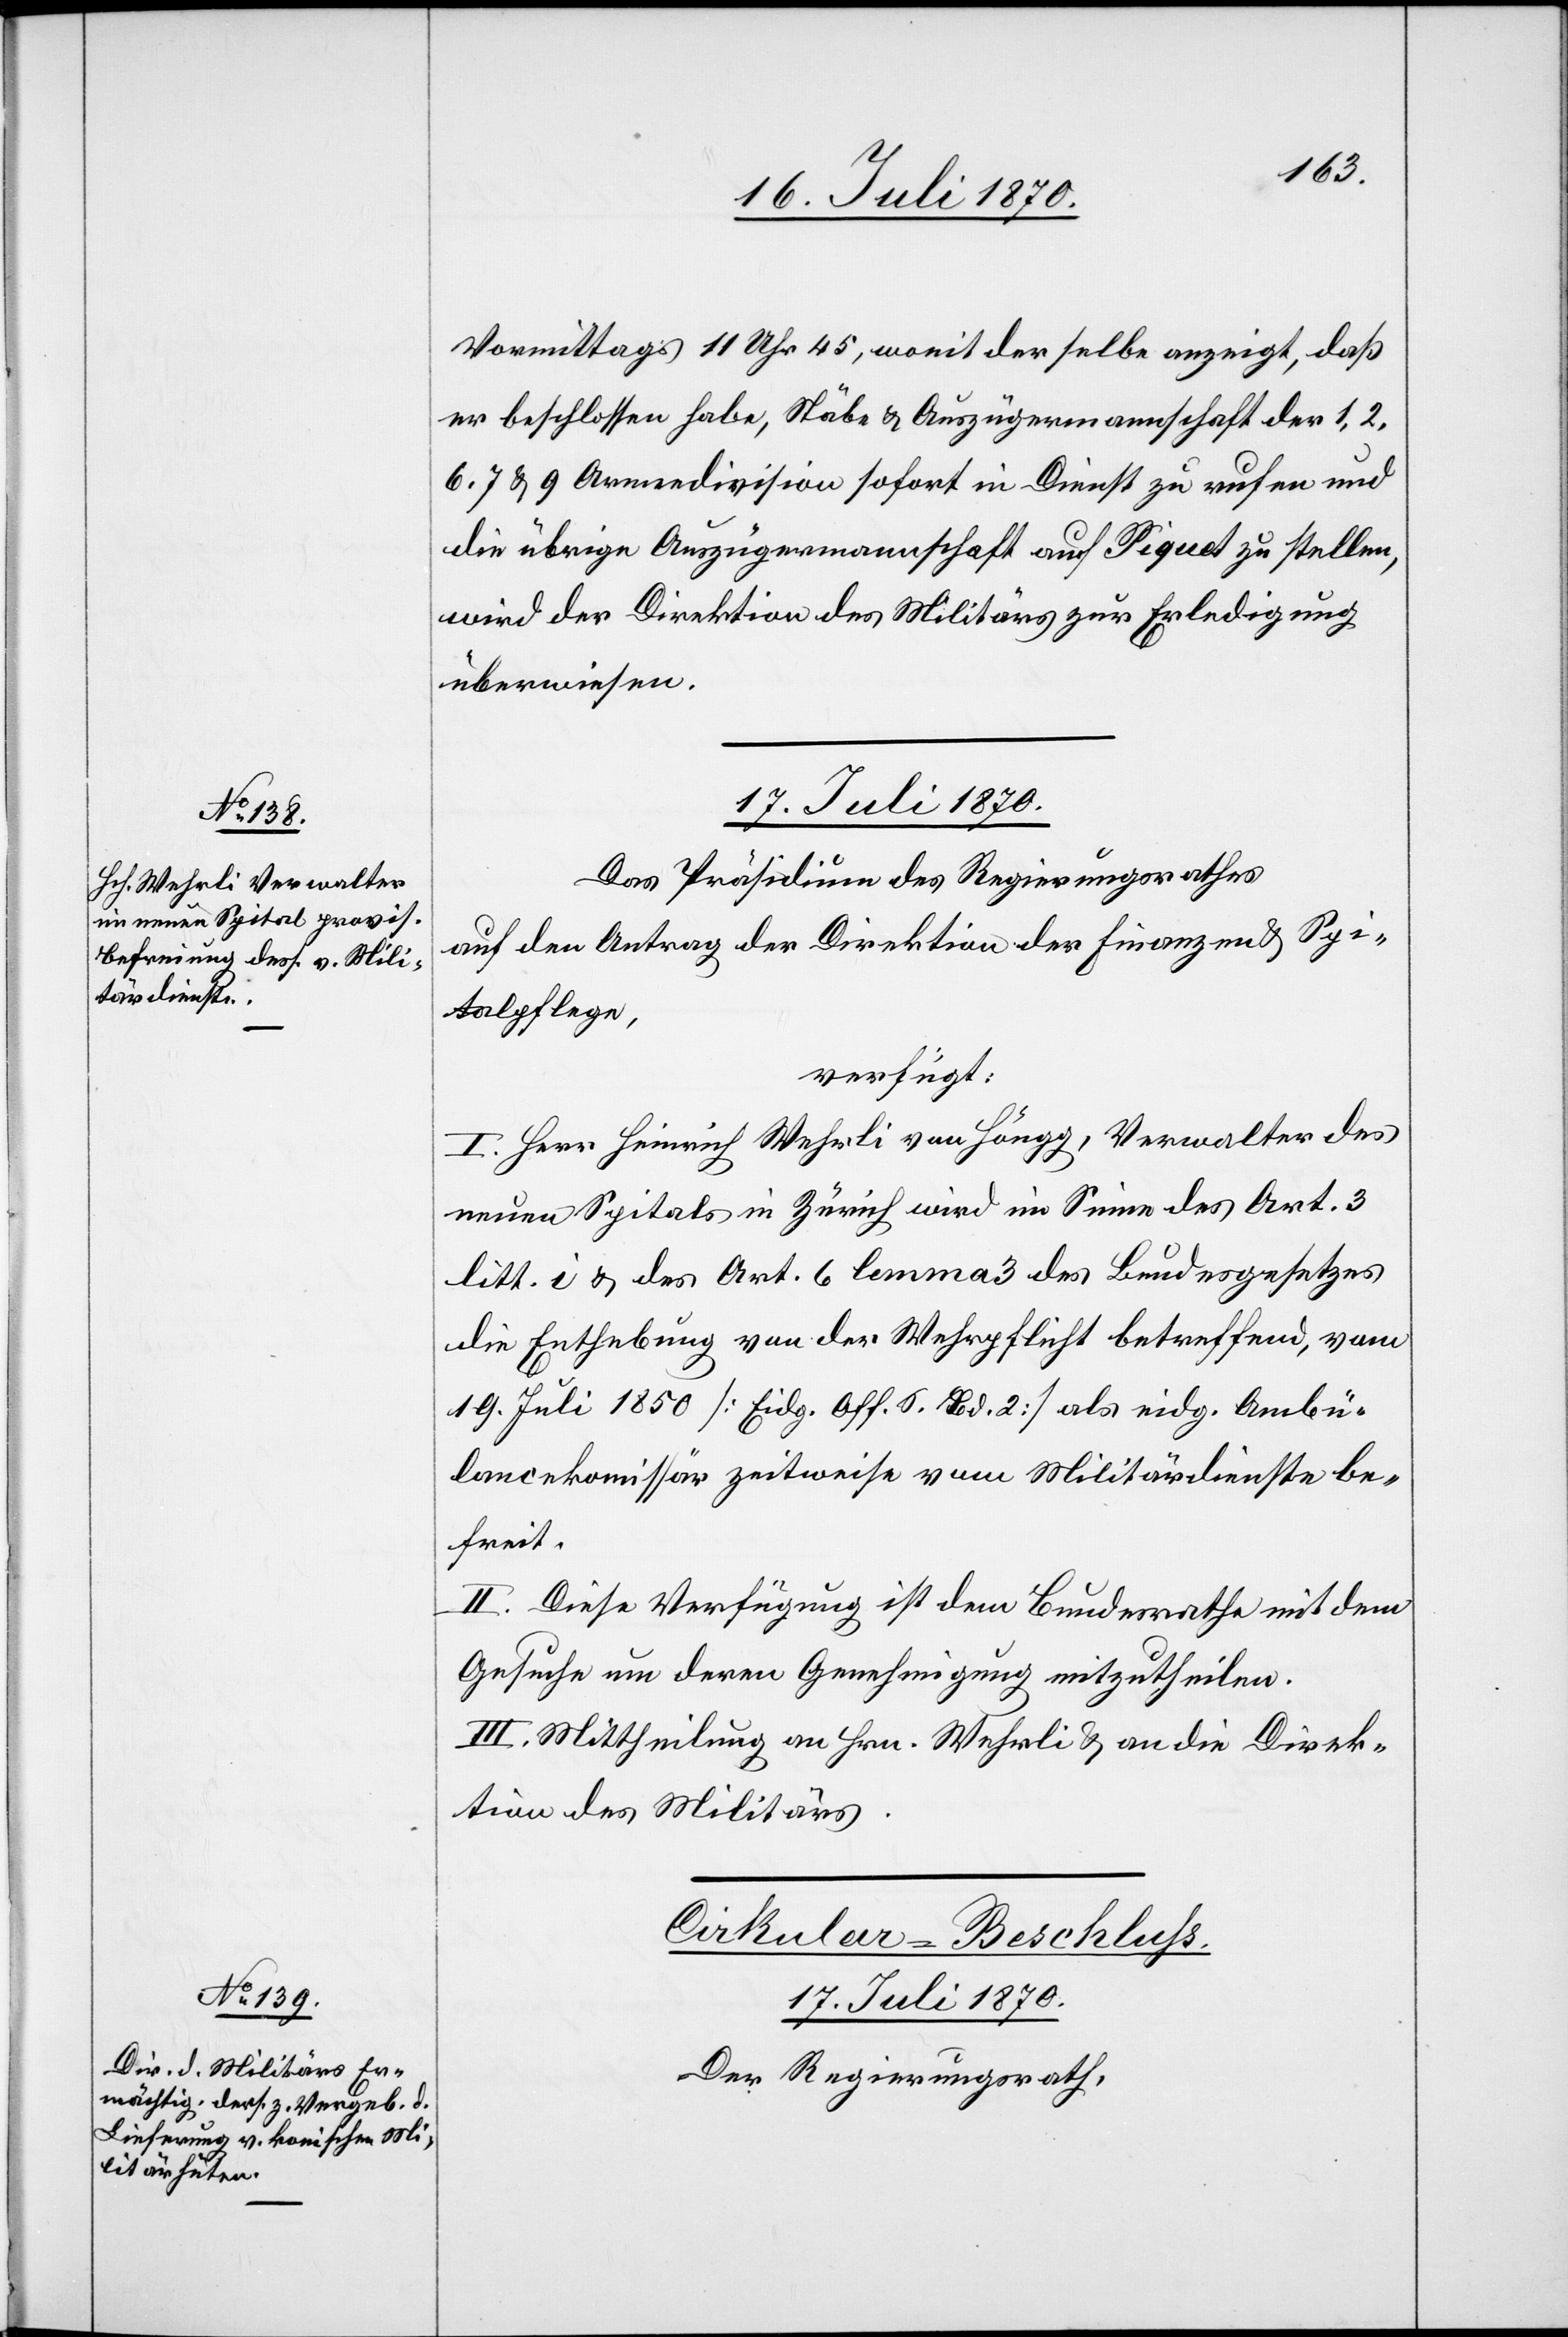
Vormittags 11 Uhr 45, womit derselbe anzeigt, daß
er beschlossen habe, Stäbe & Auszügermannschaft der 1. 2.
6. 7. & 9 Armeedivision sofort in Dienst zu rufen und
die übrige Auszügermannschaft auf Piquet zu stellen,
wird der Direktion des Militärs zur Erledigung
überwiesen.
17. Juli 1870.
Das Präsidium des Regierungsrathes
auf den Antrag der Direktion der Finanzen & Spi¬
talpflege,
verfügt:
I. Herr Heinrich Wehrli von Höngg, Verwalter des
neuen Spitals in Zürich wird im Sinne des Art. 3
litt. i & des Art. 6 lemma 3 des Bundesgesetzes
die Enthebung von der Wehrpflicht betreffend, vom
19. Juli 1850 [Eidg. Off. S. Bd. 2] als eidg. Ambü¬
lancekommissär zweitweise vom Militärdienste be¬
freit.
II. Diese Verfügung ist dem Bundesrathe mit dem
Gesuche um deren Genehmigung mitzutheilen.
III. Mittheilung an Hrn. Wehrli & an die Direk¬
tion des Militärs.
Cirkular-Beschluss.
17. Juli 1870.
Der Regierungsrath,